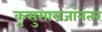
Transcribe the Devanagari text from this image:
कुसुमाग्रजांनंतर